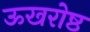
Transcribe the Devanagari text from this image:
ऊखरोष्ठ